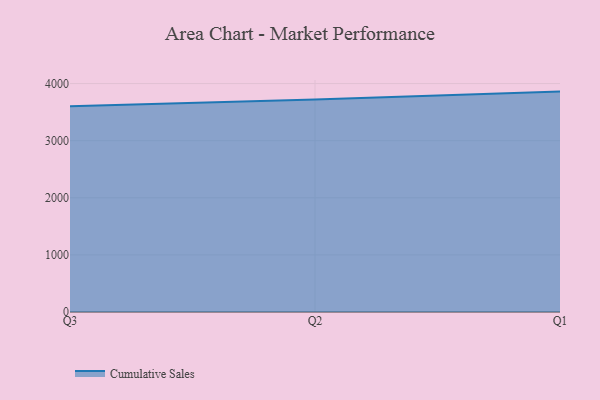
{"axis": {"x": "Quarter", "y": "Backlog"}, "legend": ["Cumulative Sales"], "data": [{"x": "Q3", "y": 3602.4, "type": "Cumulative Sales"}, {"x": "Q2", "y": 3721.7, "type": "Cumulative Sales"}, {"x": "Q1", "y": 3858.8, "type": "Cumulative Sales"}]}